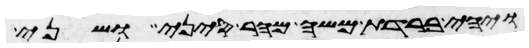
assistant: ויהי ברדת משה מהר סיני ושני